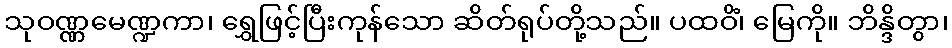
သုဝဏ္ဏမေဏ္ဍကာ၊ ရွှေဖြင့်ပြီးကုန်သော ဆိတ်ရုပ်တို့သည်။ ပထဝိံ၊ မြေကို။ ဘိန္ဒိတွာ၊